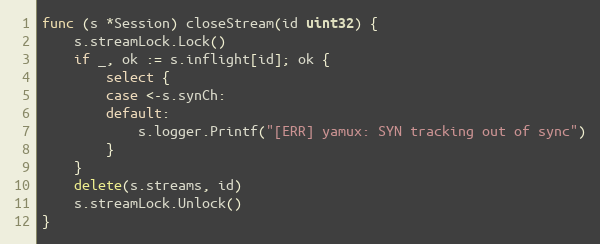
Language: Go
func (s *Session) closeStream(id uint32) {
	s.streamLock.Lock()
	if _, ok := s.inflight[id]; ok {
		select {
		case <-s.synCh:
		default:
			s.logger.Printf("[ERR] yamux: SYN tracking out of sync")
		}
	}
	delete(s.streams, id)
	s.streamLock.Unlock()
}